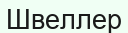
Швеллер